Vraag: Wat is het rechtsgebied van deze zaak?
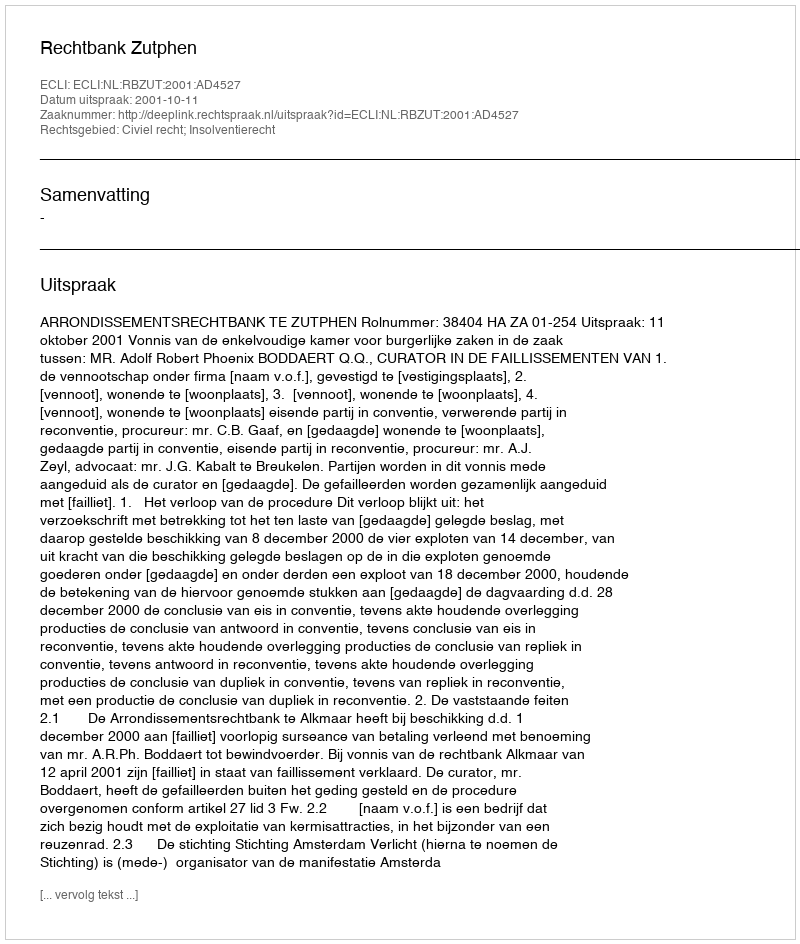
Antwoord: Civiel recht; Insolventierecht